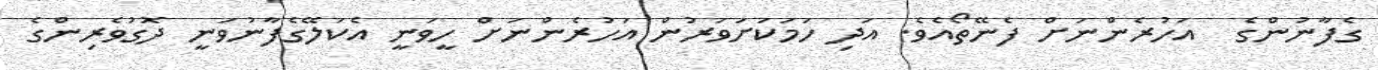
ގެފާނުންގެ  އަހުރެންނަށް ފެނޭތޯއެވެ. އަދި ހަމަކަށަވަރުން އަހުރެންނަށް ހީވަނީ އެކަލޭގެފާނުވަނީ ދޮގުވެރިންގެ